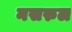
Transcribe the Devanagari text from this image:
नसरुल